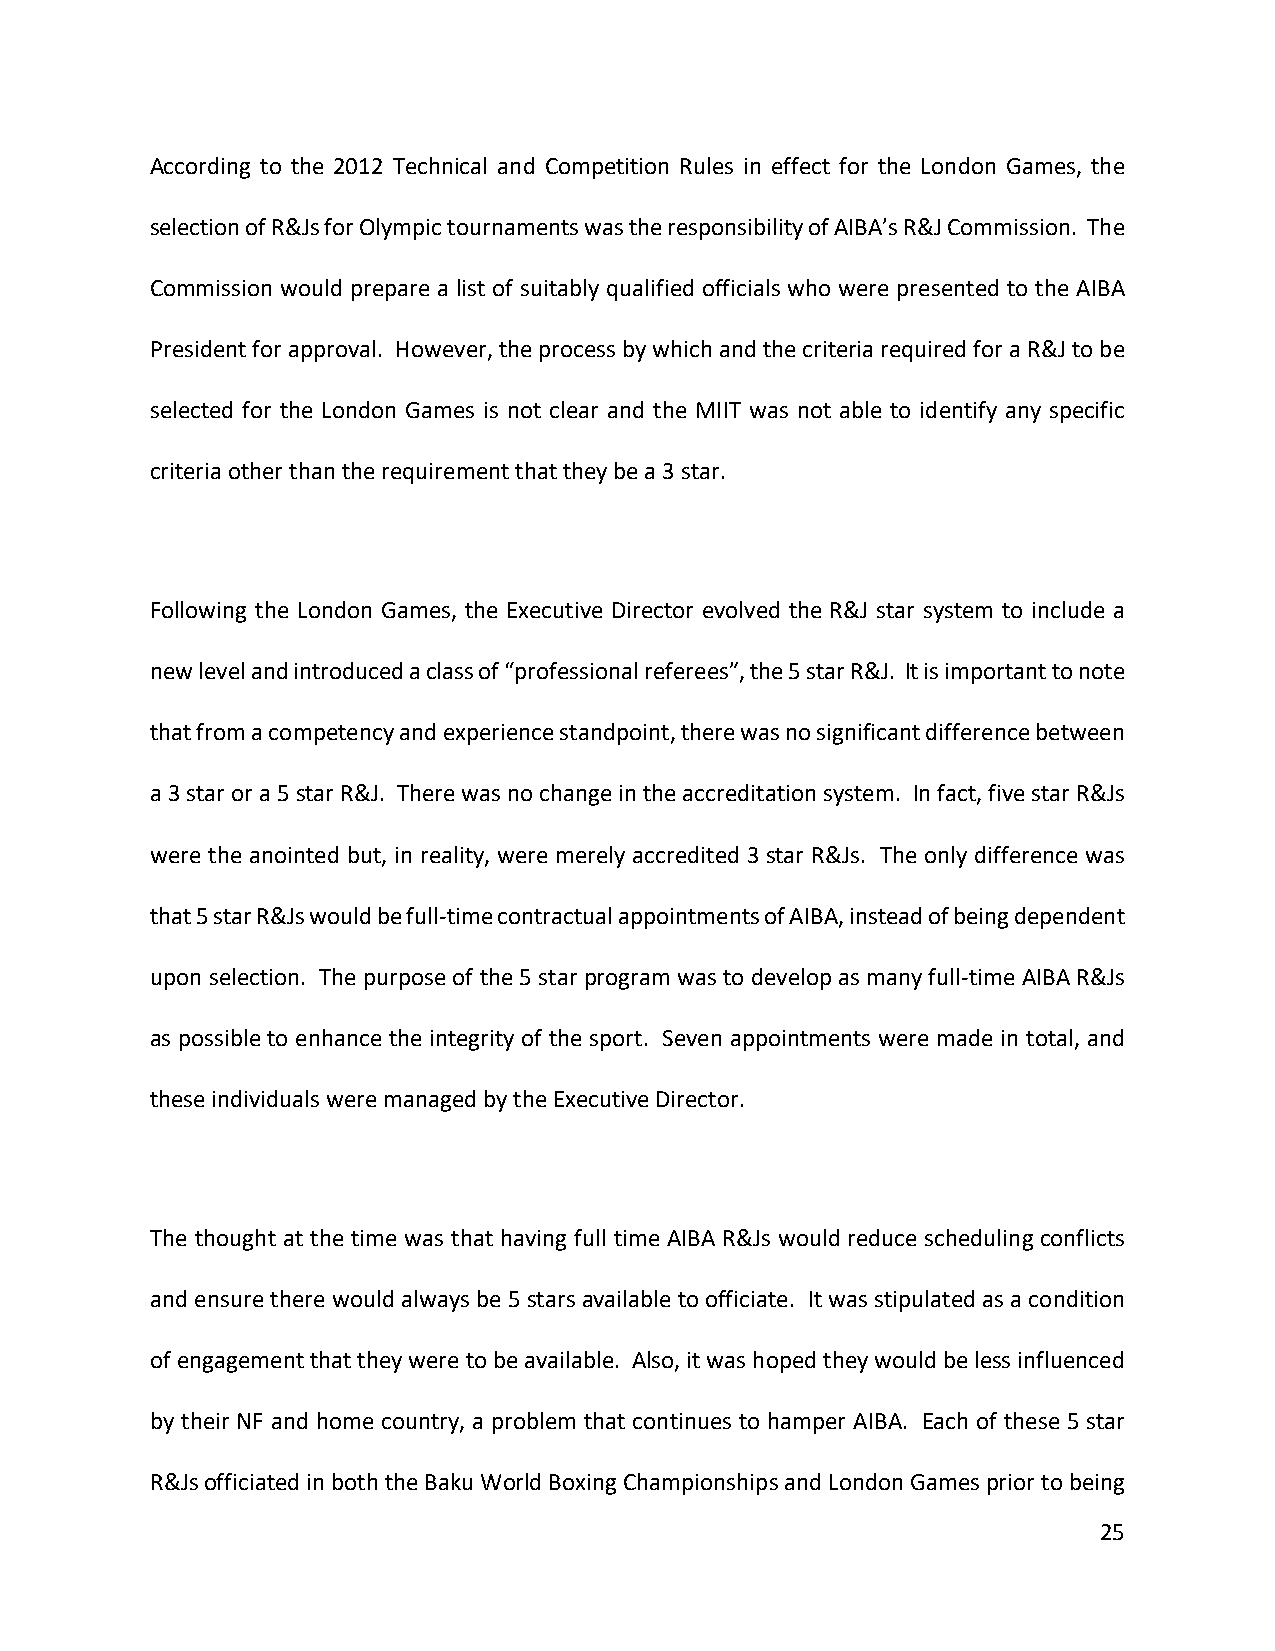
According to the 2012 Technical and Competition Rules in effect for the London Games, the
 selection of R&Js for Olympic tournaments was the responsibility of AIBA’s R&J Commission. The
 Commission would prepare a list of suitably qualified officials who were presented to the AIBA
 President for approval. However, the process by which and the criteria required for a R&J to be
 selected for the London Games is not clear and the MIIT was not able to identify any specific
 criteria other than the requirement that they be a 3 star.
 Following the London Games, the Executive Director evolved the R&J star system to include a
 new level and introduced a class of “professional referees”, the 5 star R&J. It is important to note
 that from a competency and experience standpoint, there was no significant difference between
 a 3 star or a 5 star R&J. There was no change in the accreditation system. In fact, five star R&Js
 were the anointed but, in reality, were merely accredited 3 star R&Js. The only difference was
 that 5 star R&Js would be full-time contractual appointments of AIBA, instead of being dependent
 upon selection. The purpose of the 5 star program was to develop as many full-time AIBA R&Js
 as possible to enhance the integrity of the sport. Seven appointments were made in total, and
 these individuals were managed by the Executive Director.
 The thought at the time was that having full time AIBA R&Js would reduce scheduling conflicts
 and ensure there would always be 5 stars available to officiate. It was stipulated as a condition
 of engagement that they were to be available. Also, it was hoped they would be less influenced
 by their NF and home country, a problem that continues to hamper AIBA. Each of these 5 star
 R&Js officiated in both the Baku World Boxing Championships and London Games prior to being
 25